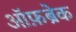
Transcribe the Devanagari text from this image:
ऑफ़ब्रेक